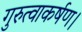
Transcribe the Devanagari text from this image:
गुरुत्वाकर्षण।